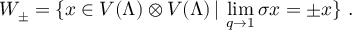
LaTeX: W _ { \pm } = \{ x \in V ( \Lambda ) \otimes V ( \Lambda ) \, | \, \operatorname * { l i m } _ { q \rightarrow 1 } \sigma x = \pm x \} \; .